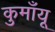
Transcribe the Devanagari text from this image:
कुमाँयू